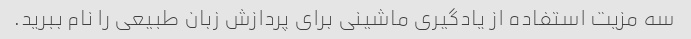
سه مزیت استفاده از یادگیری ماشینی برای پردازش زبان طبیعی را نام ببرید.